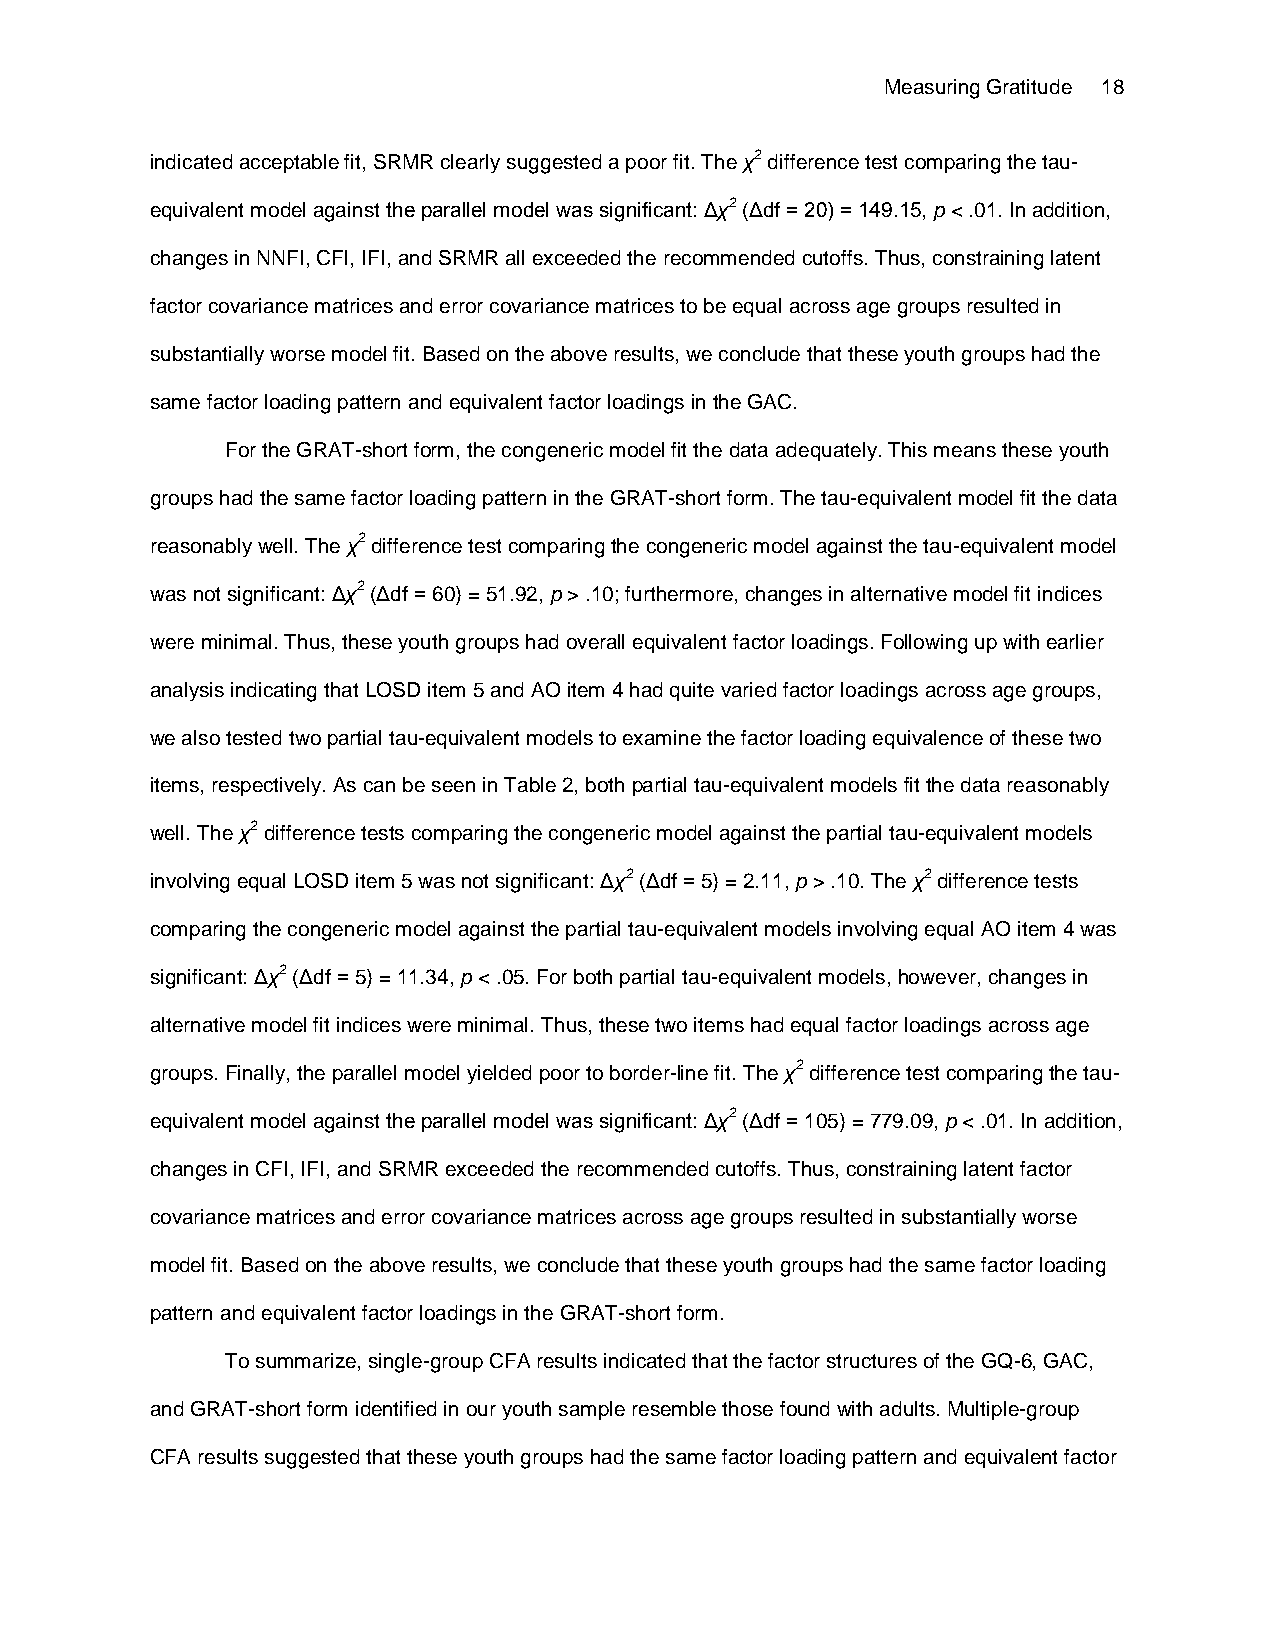
Measuring Gratitude 18
 indicated acceptable fit, SRMR clearly suggested a poor fit. The χ2 difference test comparing the tau-
 equivalent model against the parallel model was significant: Δχ2 (Δdf = 20) = 149.15, p < .01. In addition,
 changes in NNFI, CFI, IFI, and SRMR all exceeded the recommended cutoffs. Thus, constraining latent
 factor covariance matrices and error covariance matrices to be equal across age groups resulted in
 substantially worse model fit. Based on the above results, we conclude that these youth groups had the
 same factor loading pattern and equivalent factor loadings in the GAC.
 For the GRAT-short form, the congeneric model fit the data adequately. This means these youth
 groups had the same factor loading pattern in the GRAT-short form. The tau-equivalent model fit the data
 reasonably well. The χ2 difference test comparing the congeneric model against the tau-equivalent model
 was not significant: Δχ2 (Δdf = 60) = 51.92, p > .10; furthermore, changes in alternative model fit indices
 were minimal. Thus, these youth groups had overall equivalent factor loadings. Following up with earlier
 analysis indicating that LOSD item 5 and AO item 4 had quite varied factor loadings across age groups,
 we also tested two partial tau-equivalent models to examine the factor loading equivalence of these two
 items, respectively. As can be seen in Table 2, both partial tau-equivalent models fit the data reasonably
 well. The χ2 difference tests comparing the congeneric model against the partial tau-equivalent models
 involving equal LOSD item 5 was not significant: Δχ2 (Δdf = 5) = 2.11, p > .10. The χ2 difference tests
 comparing the congeneric model against the partial tau-equivalent models involving equal AO item 4 was
 significant: Δχ2 (Δdf = 5) = 11.34, p < .05. For both partial tau-equivalent models, however, changes in
 alternative model fit indices were minimal. Thus, these two items had equal factor loadings across age
 groups. Finally, the parallel model yielded poor to border-line fit. The χ2 difference test comparing the tau-
 equivalent model against the parallel model was significant: Δχ2 (Δdf = 105) = 779.09, p < .01. In addition,
 changes in CFI, IFI, and SRMR exceeded the recommended cutoffs. Thus, constraining latent factor
 covariance matrices and error covariance matrices across age groups resulted in substantially worse
 model fit. Based on the above results, we conclude that these youth groups had the same factor loading
 pattern and equivalent factor loadings in the GRAT-short form.
 To summarize, single-group CFA results indicated that the factor structures of the GQ-6, GAC,
 and GRAT-short form identified in our youth sample resemble those found with adults. Multiple-group
 CFA results suggested that these youth groups had the same factor loading pattern and equivalent factor